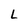
Character: L